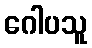
ဂေါပသူ